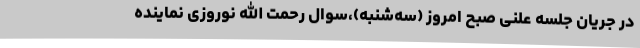
در جریان جلسه علنی صبح امروز (سه‌شنبه)،سوال رحمت الله نوروزی نماینده